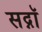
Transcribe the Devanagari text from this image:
सद्नॉ